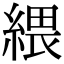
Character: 䋿